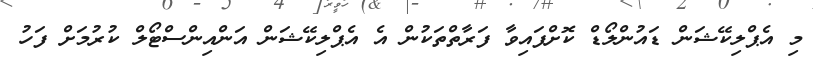
މި އެޕްލިކޭޝަން ޑައުންލޯޑް ކޮށްފައިވާ ފަރާތްތަކުން އެ އެޕްލިކޭޝަން އަންއިންސްޓޯލް ކުރުމަށް ފަހު